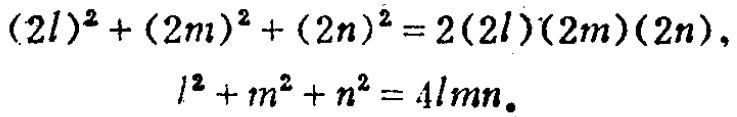
\[(2l)^2 + (2m)^2 + (2n)^2 = 2(2l)(2m)(2n),\]

\[l^2 + m^2 + n^2 = 4lmn.\]